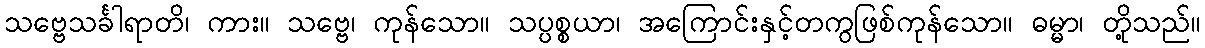
သဗ္ဗေသင်္ခါရာတိ၊ ကား။ သဗ္ဗေ၊ ကုန်သော။ သပ္ပစ္စယာ၊ အကြောင်းနှင့်တကွဖြစ်ကုန်သော။ ဓမ္မာ၊ တို့သည်။